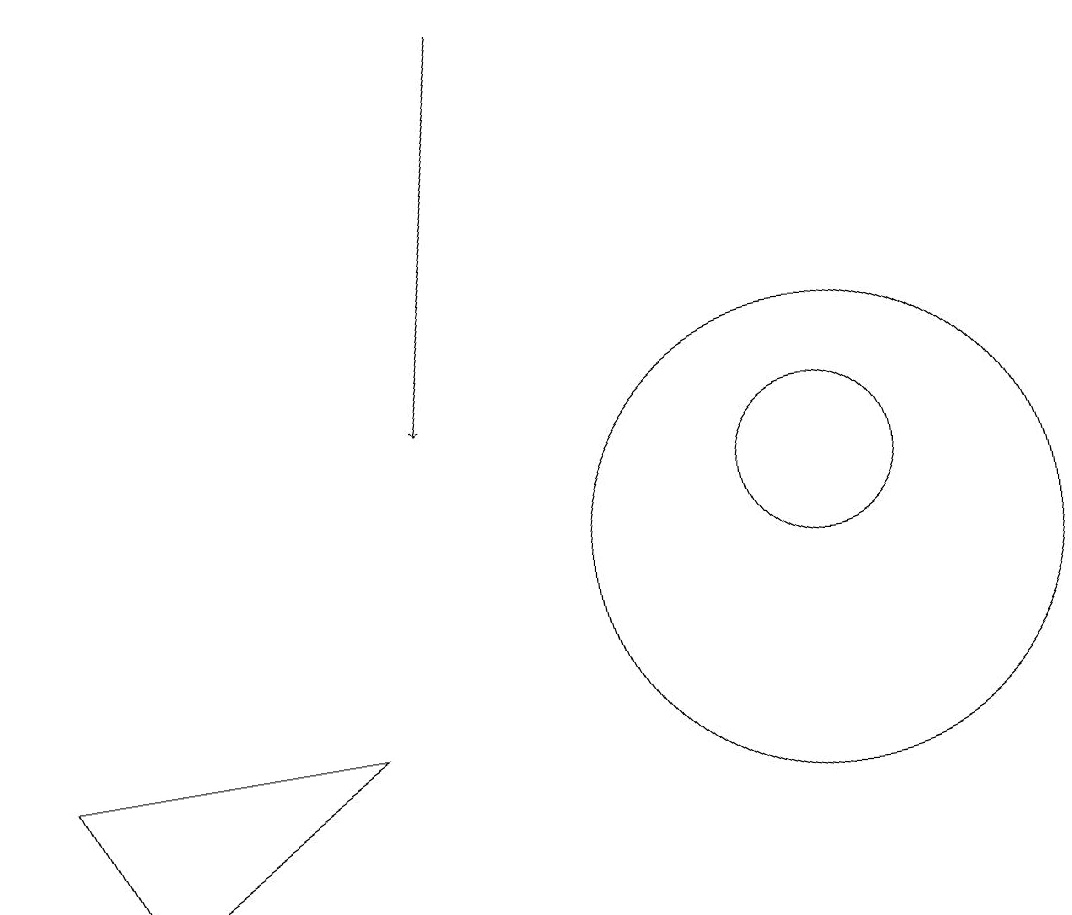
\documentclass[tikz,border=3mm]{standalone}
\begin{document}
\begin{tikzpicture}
\draw[->] (6,17) -- (5,12);
\draw (10,11) circle (1);
\draw (10,10) circle (3);
\draw (0,8) -- (4,8) -- (1,6) -- cycle;
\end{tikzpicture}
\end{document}